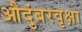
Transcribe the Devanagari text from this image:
औदुंबरवृक्षा